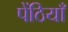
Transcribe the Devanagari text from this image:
पेंठियाँ